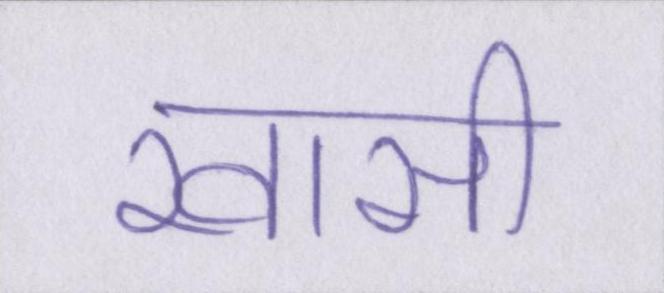
खासी